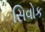
સિવોક